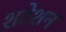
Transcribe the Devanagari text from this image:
शटेशन